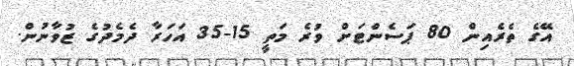
އޭގެ ތެރެއިން 80 ޕަސެންޓަށް ވުރެ މަތީ 15-35 އަހަރާ ދެމެދުގެ ޒުވާނުން.